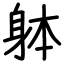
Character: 躰